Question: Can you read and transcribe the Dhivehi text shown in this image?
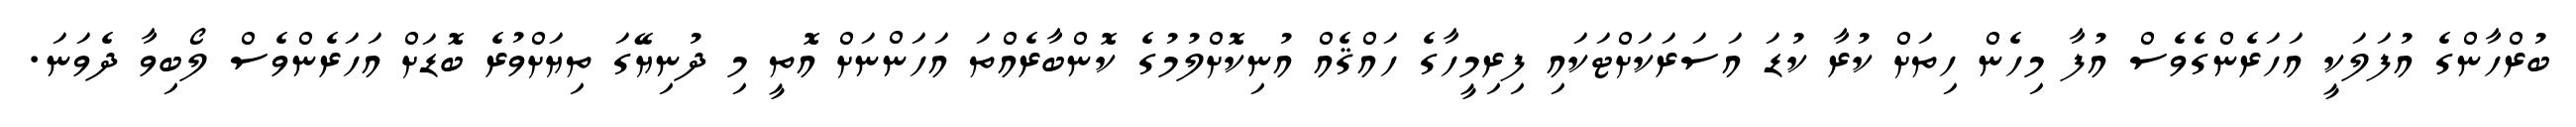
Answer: ބުރްހާންގެ އުފަލަކީ އަހަރެންގެވެސް އުފާ މިހެން ހިތަށް ކުރާ ކުޑަ އަސަރަކަށްޓަކައި ފިރިމީހާގެ ހައްޤެއް އުނިކޮށްލުމުގެ ކޮންބާރެއްތަ އަހަންނަށް އޮތީ މި ދުނިޔޭގަ ތިޔަށްވުރެ ބޮޑަށް އަހަރެންވެސް ލޯބިވާ ދެވަނަ.